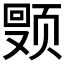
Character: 𬱩